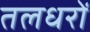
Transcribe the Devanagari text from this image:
तलधरों